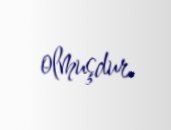
olmuşdur.